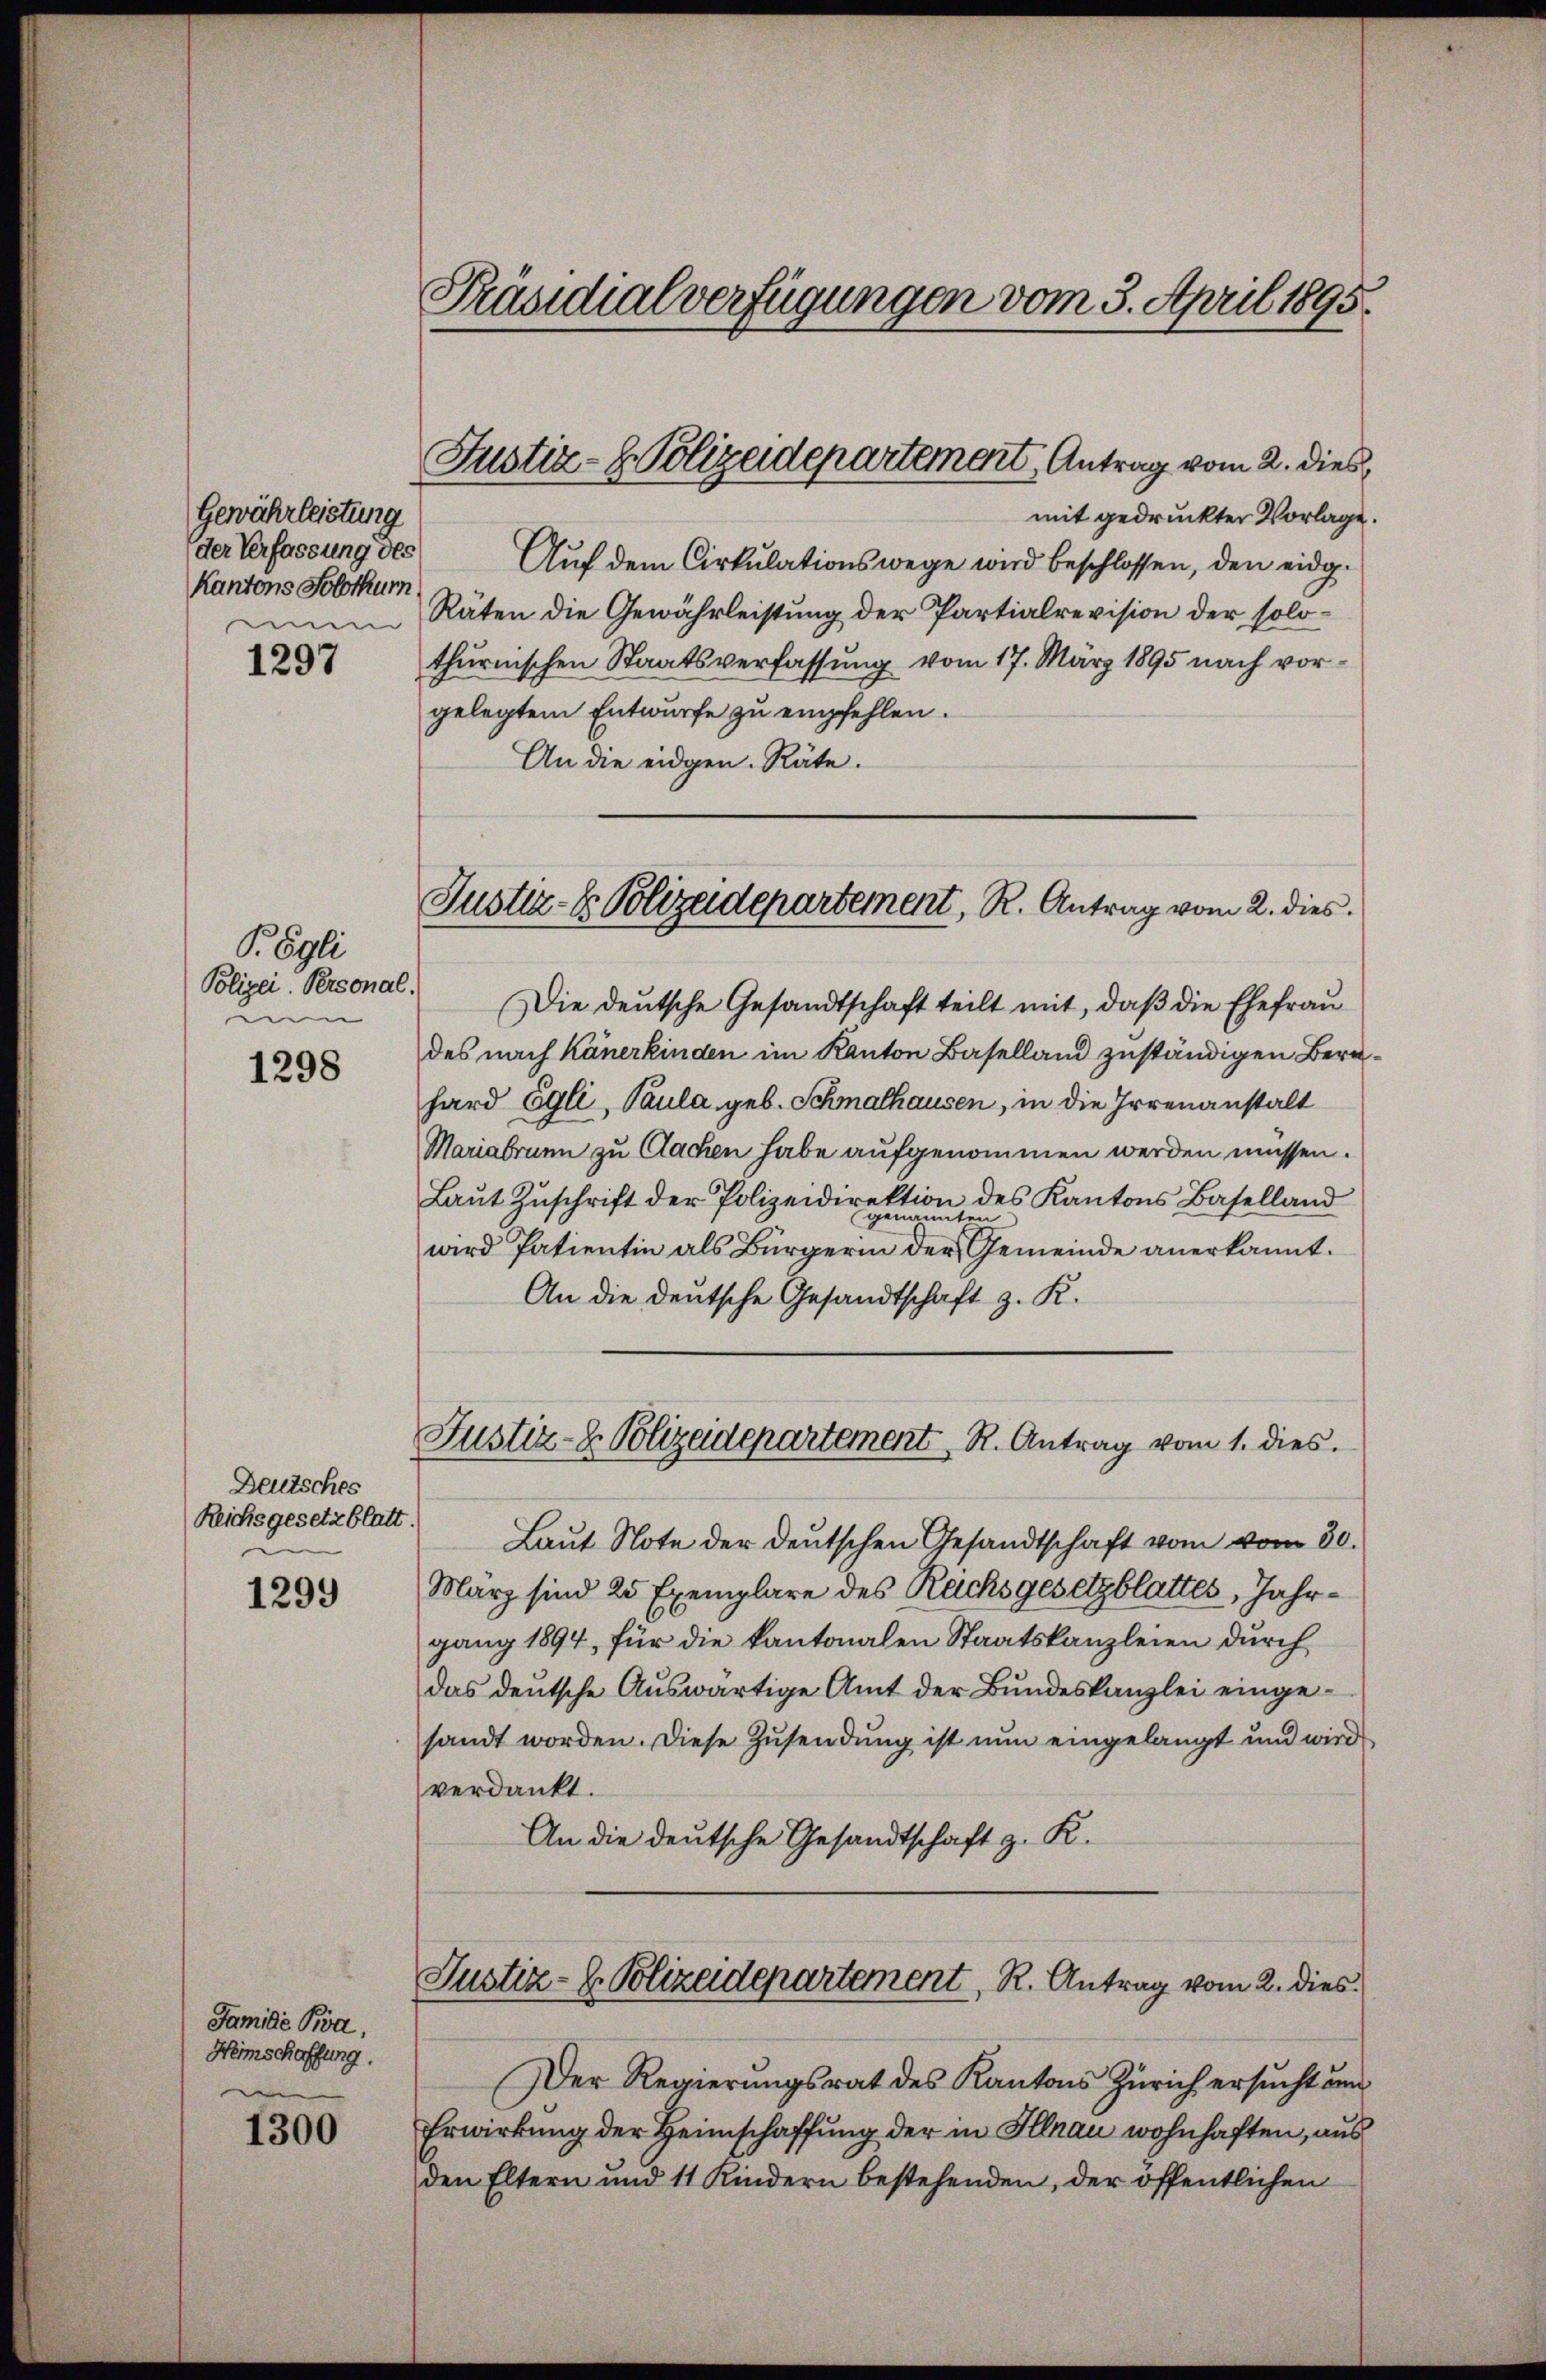
Gewährleistung
der Verfassung des
Kantons Solothum

1297

Pögli
Polizei Personal.
men

1298

Deutsches
Reichsgesetzblatt.

1299

Jamide Pia,
Heimschaffung.

1300

Präsidialverfügungen vom 3. April 1895.

mit gedruckter Vorlage.
Auf dem Cirkulationswege wird beschlossen, den eidg.
Räten die Gewährleistung der Partialrevision der solothurnischen Staatsverfassung vom 17. März 1895 nach vorgelegtem Entwurfe zu empfehlen.
An die eidgen. Räte.

Justiz-Polizeidepartement Antrag vom 2. dies,

Justiz- & Polizeidepartement, R. Antrag vom 2. dies

Justiz- & Polizeidepartement. R. Antrag vom 1. dies.

Die deutsche Gesandtschaft teilt mit, daß die Ehefrau
des nach Känerkinden im Kanton Baselland zuständigen Berahard Egli, Paula geb. Schmalhausen, in die Irrenanstalt
Mariabrunn zu Cachen habe aufgenommen werden müssen.
Laut Zuschrift der Polizeidirektion des Kantons Baselland
wird Patientin als Bürgerin der Gemeinde anerkannt.
An die deutsche Gesandtschaft z. K.
Laut Note der deutschen Gesandtschaft vom vom 30.
März sind 25 Exemplare des Rachs gesetzblattes, Jahrgang 1894, für die kantonalen Staatskanzleien durch
das deutsche Aŭswärtige Amt der Bundeskanzlei eingesandt worden. Diese Zusendung ist nun eingelangt und wird
verdankt.
An die deutsche Gesandtschaft z. K.
Justiz- B. Polizadepartement, R. Antrag vom 2. dies
Der Regierungsrat des Kantons Zürich ersucht um
Erwirkung der Heimschaffung der in Illnau wohnhaften, aus
den Eltern und 11 Kindern bestehenden, der öffentlichen